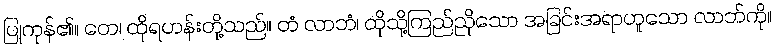
ပြုကုန်၏။ တေ၊ ထိုရဟန်းတို့သည်။ တံ လာဘံ၊ ထိုသို့ကြည်ညိုသော အခြင်းအရာဟူသော လာဘ်ကို။